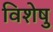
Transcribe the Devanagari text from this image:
विशेषु